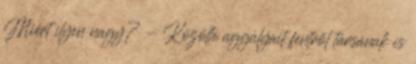
Miért ilyen nagy? - Közölte aggályait fentről társának is